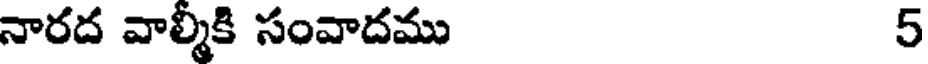
నారద వాల్మీకి సంవాదము 5